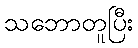
သဘောတူပြီး